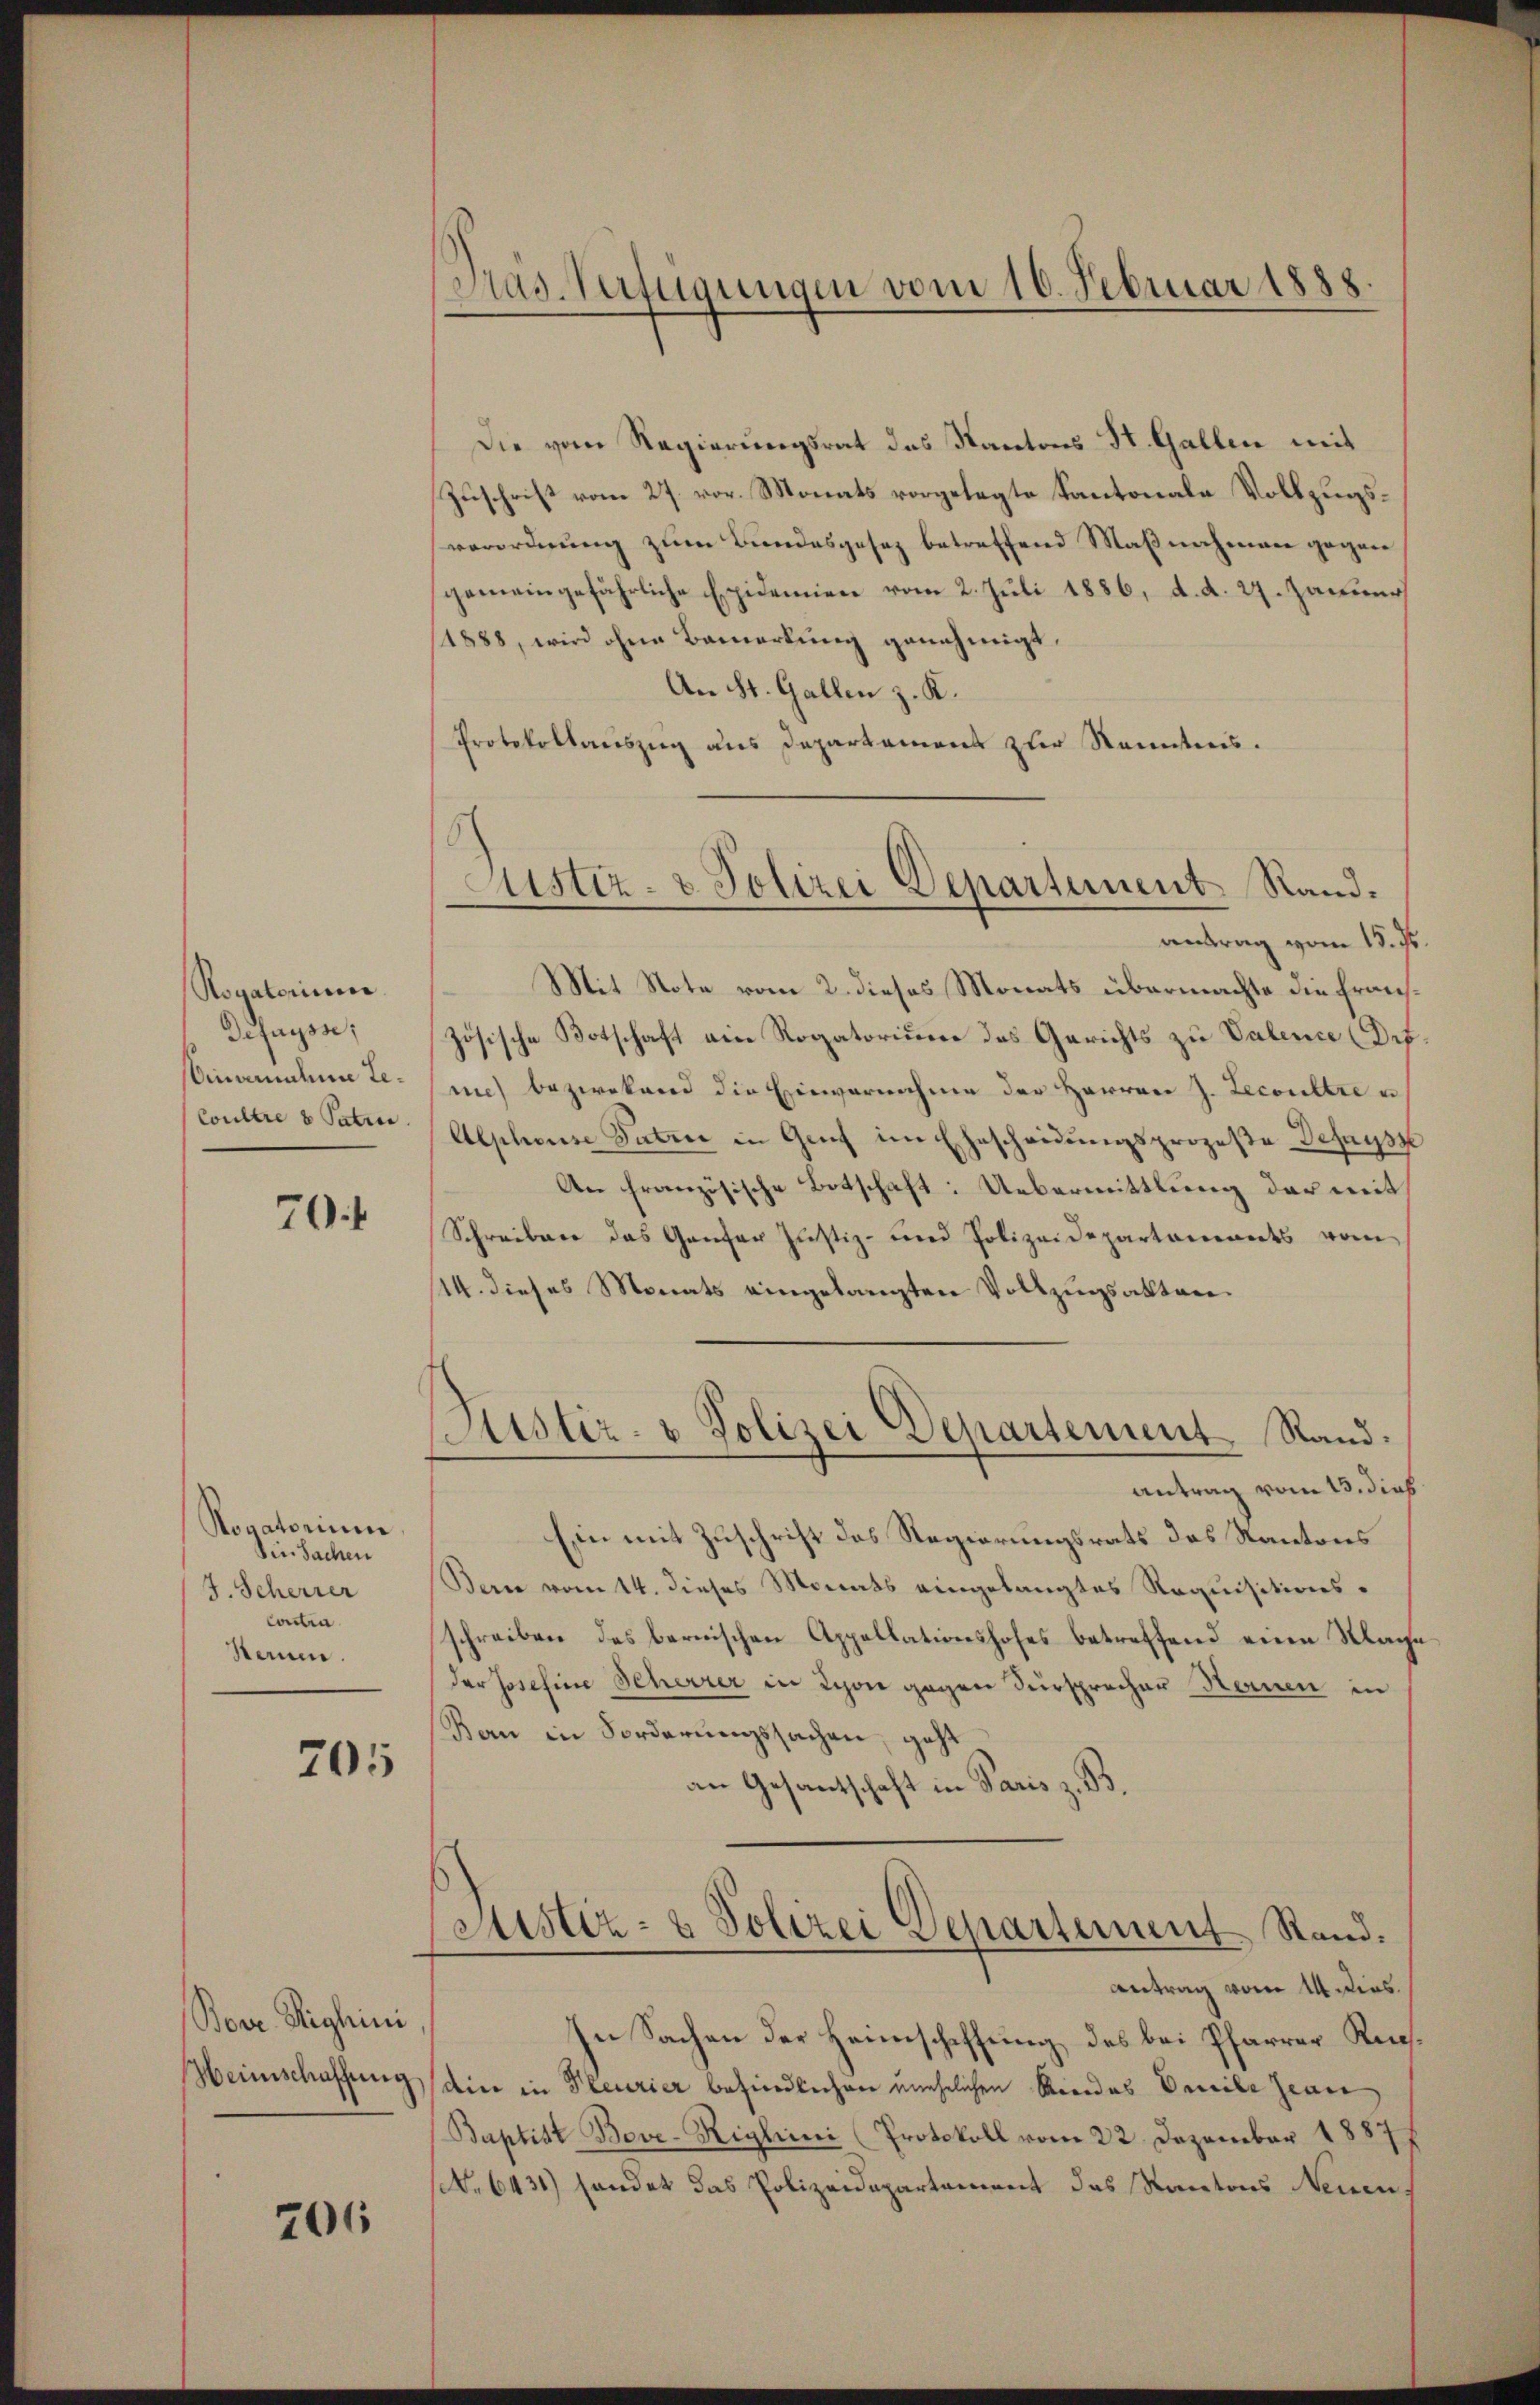
Rogatorium.
Defaysse;
inanden Le¬
Coullie 8 Patie

70f

Rogatorium.
Sie Sachen
J. Scherrer
Contra
Staum.

205

Bove. Righini
Weinschaffung

706

Pras. Verfügungen vom 16. Februar 1888.

Die vom Regierungsrat das Kantons St. Gallen mit
Zuschrift vom 27. vor. Monats vorgelegte Kantonale Vollzugsverordnung zum Bundesgesez betreffend Maßnahmen gegen
gemeingefährliche Epidemien vom 2. Juli 1886, d. d. 27. Januar
1888, wird ohne Bemerkung genehmigt.
An St. Gallen z. K.
Protokollauszug aus Departamens zur Kenntnis.
antrag vom 15. ds.
Mit Note vom 2. dieses Monats übermachte die französische Botschaft ein Rogatorium des Gerichts zu Valence Def
mich bezwekend die Einvernahme der Herren J. Recontre u
Alphouse Paten in Genf im Ehescheidungsprozeße Defrysz
An französische Botschaft: Uebermittlung der mit
Schreiben das Ganzer Justiz- und Polizeidepartanenats vom
114. dieses Monats eingelangten Vollzugsaktenustiz- & Polizei Departement. Rand.
Antrag vom 15. dies
Ein mit Zuschrift des Regierungsrats des Kantons
Bern vom 14. dieses Monats eingelangtes Requisitionsschreiben des bernischen Appellationshofes betreffend eine Magder Josefine Scherrer in Lyon gegen Fürsprocher Heinen in
Ban in Forderungssachen, geht.
an Gesantschaft in Paris z. B.
Sistiz- & Polizei Separtement Stand.
Antrag vom 14. dies
In Sachen der Heimschaffung des bei Pfarrer Richdin in Pleurier befindlichen unehelichen Anordes Decile Zeu
Baptist Bove-Riglini (Protokoll vom 22. Dezember 1887
N. 6431) handet das Polizeidepartement des Kantons Neuen

Justiz- & Polizei Departement Rand¬